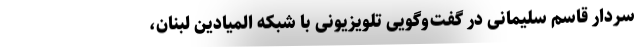
سردار قاسم سلیمانی در گفت‌وگویی تلویزیونی با شبکه المیادین لبنان،